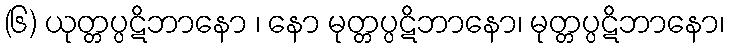
(၆) ယုတ္တပ္ပဋိဘာနော ၊ နော မုတ္တပ္ပဋိဘာနော၊ မုတ္တပ္ပဋိဘာနော၊